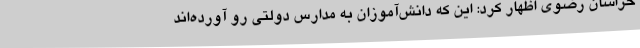
خراسان رضوی اظهار کرد: این که دانش‌آموزان به مدارس دولتی رو آورده‌اند